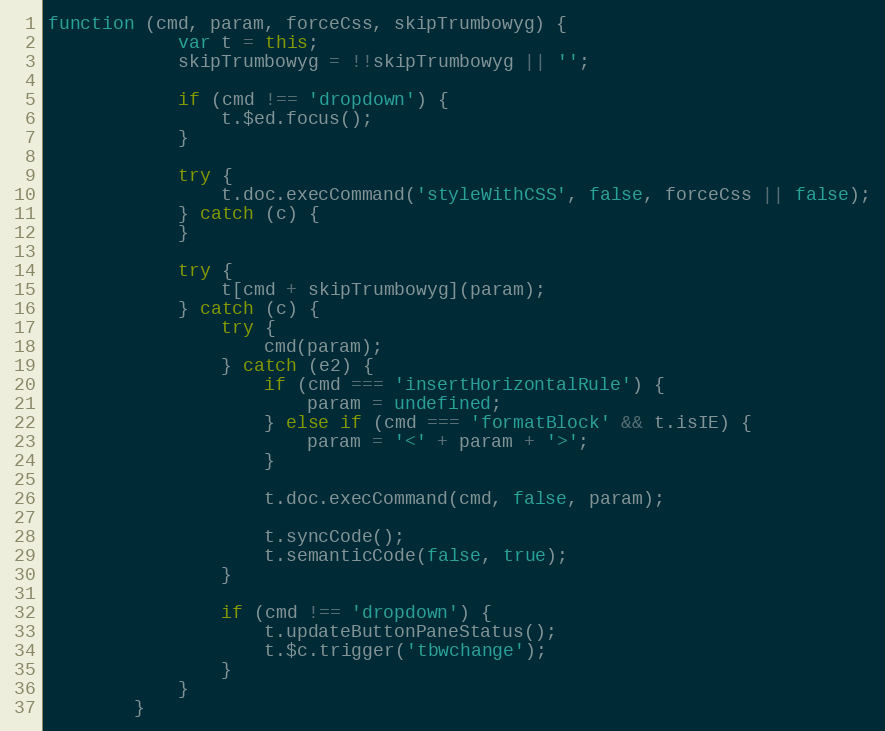
Language: JavaScript
function (cmd, param, forceCss, skipTrumbowyg) {
            var t = this;
            skipTrumbowyg = !!skipTrumbowyg || '';

            if (cmd !== 'dropdown') {
                t.$ed.focus();
            }

            try {
                t.doc.execCommand('styleWithCSS', false, forceCss || false);
            } catch (c) {
            }

            try {
                t[cmd + skipTrumbowyg](param);
            } catch (c) {
                try {
                    cmd(param);
                } catch (e2) {
                    if (cmd === 'insertHorizontalRule') {
                        param = undefined;
                    } else if (cmd === 'formatBlock' && t.isIE) {
                        param = '<' + param + '>';
                    }

                    t.doc.execCommand(cmd, false, param);

                    t.syncCode();
                    t.semanticCode(false, true);
                }

                if (cmd !== 'dropdown') {
                    t.updateButtonPaneStatus();
                    t.$c.trigger('tbwchange');
                }
            }
        }